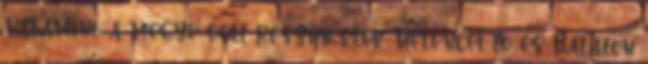
valamint a megye déli részén élők Velencei-tó és Balaton